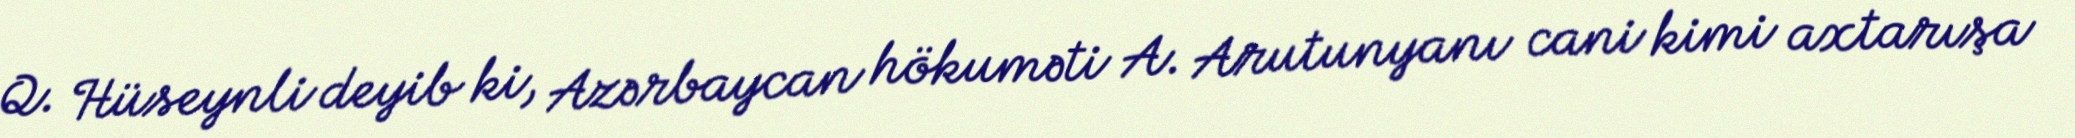
Q. Hüseynli deyib ki, Azərbaycan hökuməti A. Arutunyanı cani kimi axtarışa